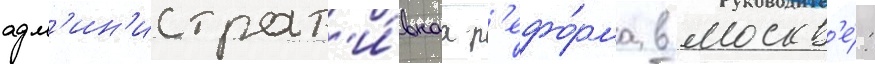
адм'ин'истрат'и́внаа р'ефо́рма в москв'е́: